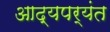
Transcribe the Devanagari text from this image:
आद्यपर्यंत